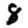
Digit: 8